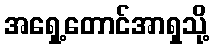
အရှေ့တောင်အာရှသို့